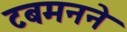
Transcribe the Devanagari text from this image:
टबमनने